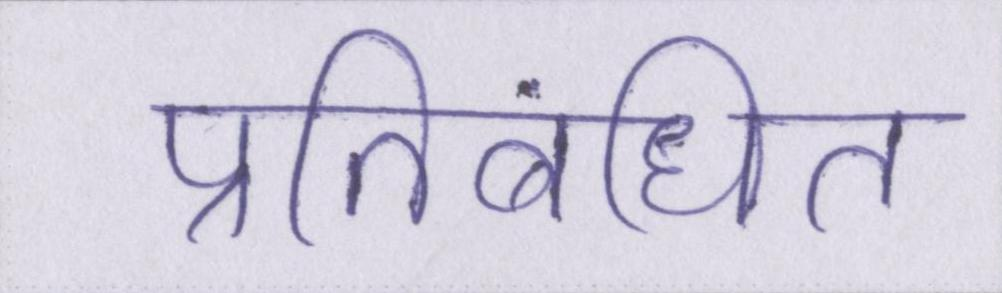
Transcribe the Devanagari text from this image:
प्रतिबंधित